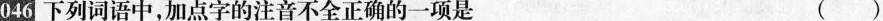
(046下列词语中，加点字的注音不全正确的一项是 ()